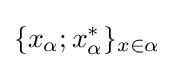
\{x_{\alpha };x_{\alpha }^{*}\}_{x\in \alpha }